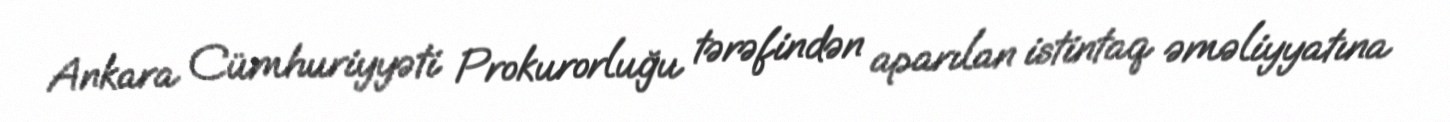
Ankara Cümhuriyyəti Prokurorluğu tərəfindən aparılan istintaq əməliyyatına